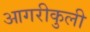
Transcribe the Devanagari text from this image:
आगरीकुली